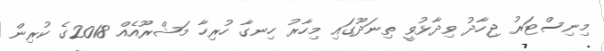
މިނިސްޓަރު ޖިހާދު ވިދާޅުވީ ތިނަދޫގައި މިހާރު ހިނގާ ހުރިހާ މަޝްރޫއެއް 2018ގެ ކުރިން